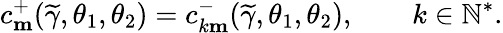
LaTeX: c_{\mathbf{m}}^{+}(\widetilde{\gamma},\theta_{1},\theta_{2})=c_{k\mathbf{m}}^{-}(\widetilde{\gamma},\theta_{1},\theta_{2}),\qquad k\in\mathbb{N}^{*}.